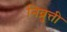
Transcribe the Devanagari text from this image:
निव्रुत्ती